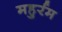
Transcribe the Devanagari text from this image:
महुर्रम